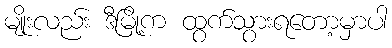
မျိုးလည်း ဒီမြို့က ထွက်သွားရတော့မှာပါ